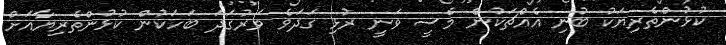
ކުޅުންތެރިޔަކު ބުނި އެއްޗަކުން މެސީ ވަނީ ރުޅި ގަދަވެ ވަރުގަދަ ބަހަކުން ކުޅުންތެރިޔާއަށް